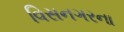
વિસનગરના